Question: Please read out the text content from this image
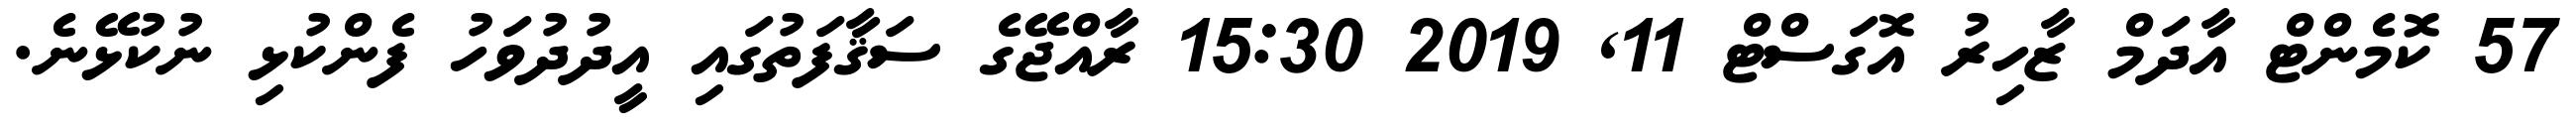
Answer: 57 ކޮމެންޓް އާދަމް ޒާހިރު އޮގަސްޓް 11, 2019 15:30 ރާއްޖޭގެ ސަޤާފަތުގައި އީދުދުވަހު ފެންކުޅި ނުކުޅޭނެ.